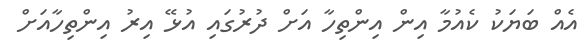
އެއް ބަޔަކު ކެއުމާ އިން އިންތިހާ އަށް ދުރުގައި އުޅޭ އިރު އިންތިހާއަށް